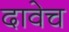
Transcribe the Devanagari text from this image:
दावेच